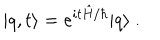
LaTeX: | q , t \rangle = e ^ { i t \hat { H } / \hbar } | q \rangle \ .